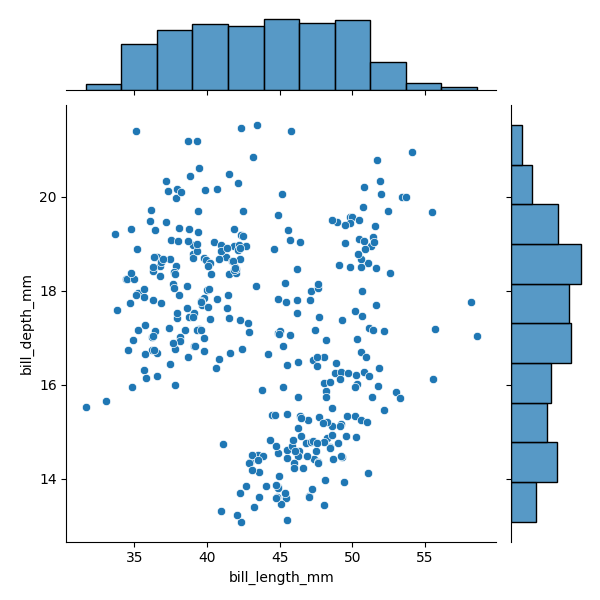
python, seaborn, JointGrid, scatterplot, histplot